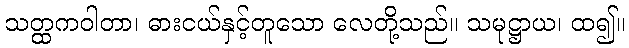
သတ္ထကဝါတာ၊ ဓားငယ်နှင့်တူသော လေတို့သည်။ သမုဋ္ဌာယ၊ ထ၍။